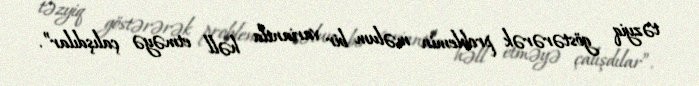
təzyiq göstərərək problemin məlum bir variantla həll etməyə çalışdılar”.